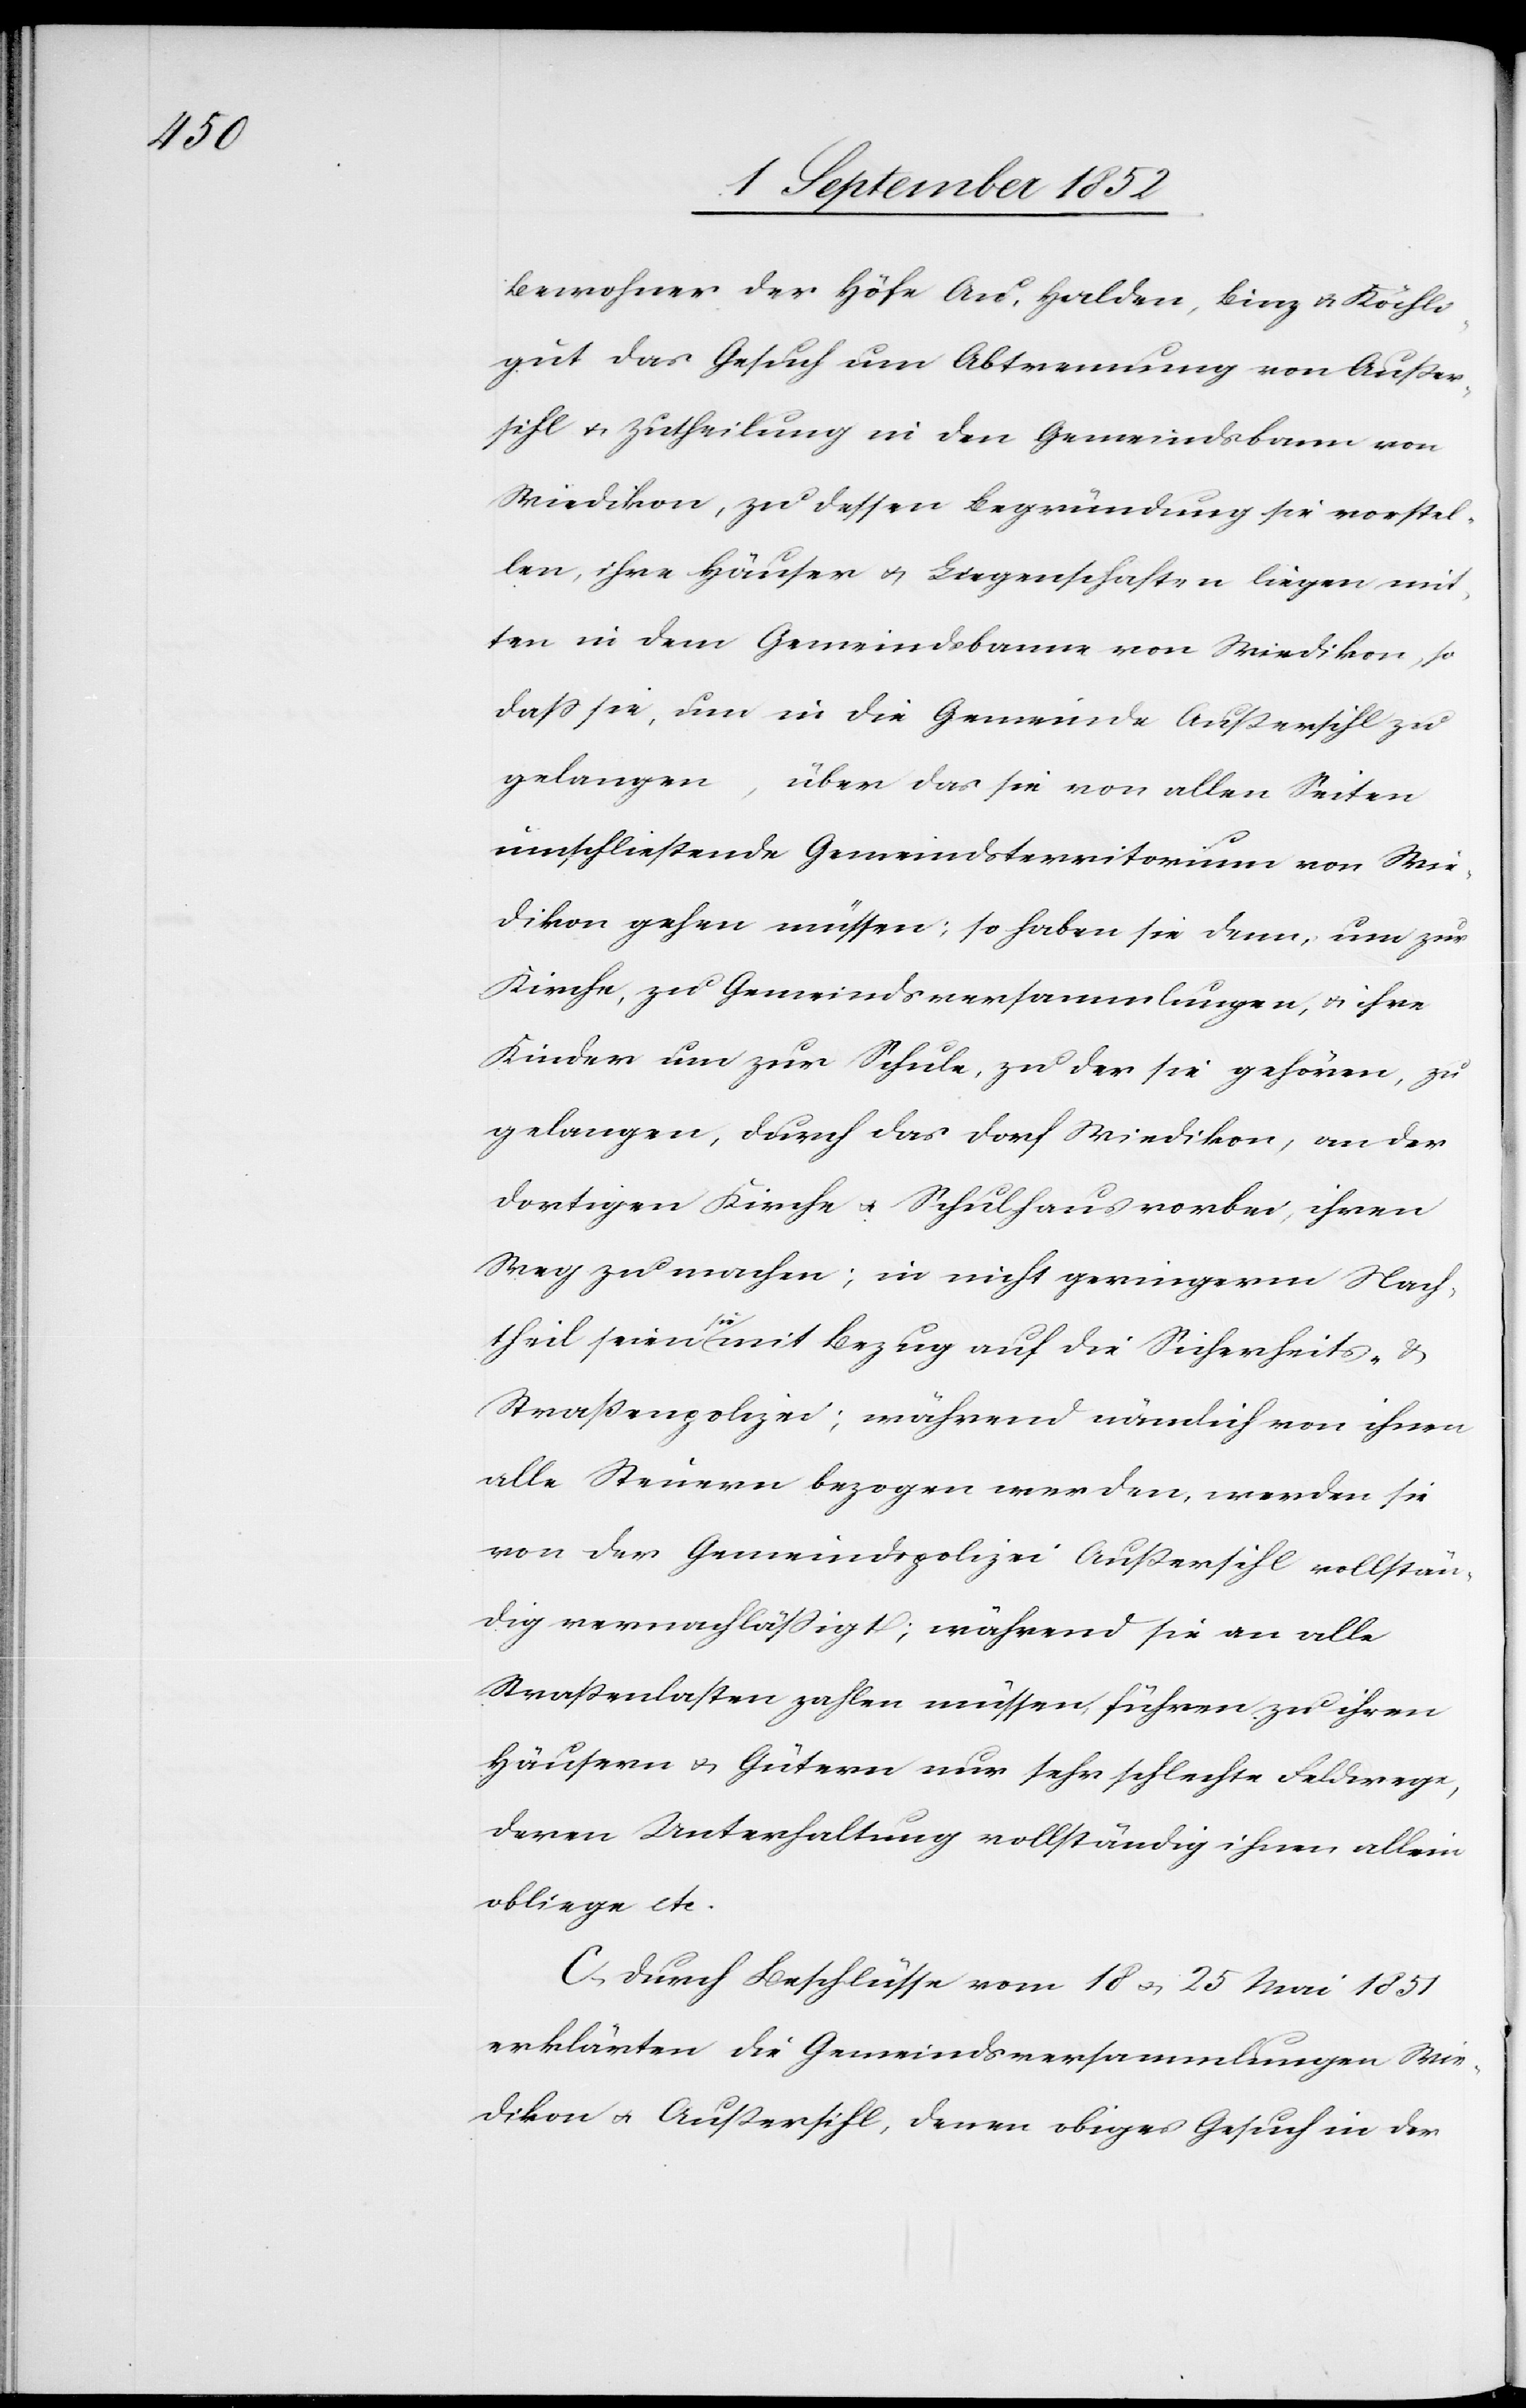
Bewohner der Höfe Au, Halden, Binz & Köchli¬
gut das Gesuch um Abtrennung von Außer¬
sihl & Zutheilung in den Gemeindsbann von
Wiedikon, zu dessen Begründung sie vorstel¬
len, ihre Häuser & Liegenschaften liegen mit¬
ten in dem Gemeindsbanne von Wiedikon, so
dass sie, um in die Gemeinde Außersihl zu
gelangen, über das sie von allen Seiten
umschließende Gemeindsterritorium von Wie¬
dikon gehen müssen; so haben sie denn, um zur
Kirche, zu Gemeindsversammlungen, & ihre
Kinder um zur Schule, zu der sie gehören, zu
gelangen, durch das Dorf Wiedikon, an der
dortigen Kirche & Schulhaus vorbei, ihren
Weg zu machen; in nicht geringerm Nach¬
theil seien sie mit Bezug auf die Sicherheits- &
Straßenpolizei; während nämlich von ihnen
alle Steuern bezogen werden, werden sie
von der Gemeindspolizei Außersihl vollstän¬
dig vernachlässigt; während sie an alle
Straßenlasten zahlen müssen, führen zu ihren
Häusern & Gütern nur sehr schlechte Feldwege,
deren Unterhaltung vollständig ihnen allein
obliege etc.
C, Durch Beschlüsse vom 18 & 25 Mai 1851
erklärten die Gemeindsversammlungen Wie¬
dikon & Außersihl, denen obiges Gesuch in der